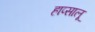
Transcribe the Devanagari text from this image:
हाप्सालू